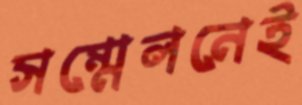
সম্মেলনেই